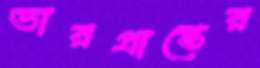
ভারপ্রাপ্তের